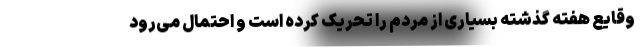
وقایع هفتهٔ گذشته بسیاری از مردم را تحریک کرده است و احتمال می‌رود